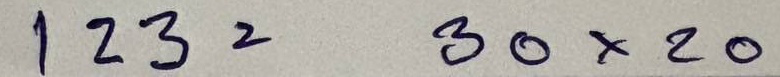
123 = 30 x 20